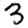
Digit: 3